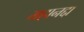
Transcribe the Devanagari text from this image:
महानद्दा